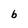
Character: b